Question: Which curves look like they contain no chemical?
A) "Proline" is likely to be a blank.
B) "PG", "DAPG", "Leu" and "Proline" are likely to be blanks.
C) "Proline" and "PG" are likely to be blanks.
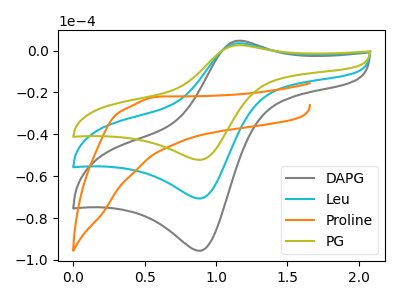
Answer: <think>The gray curve "DAPG" has an anodic peak at (1.15V, 4.75uA) and a cathodic peak at (0.90V, -95.55uA). The cyan curve "Leu" has an anodic peak at (1.15V, 3.50uA) and a cathodic peak at (0.90V, -70.60uA). The orange curve "Proline" has no peaks. The olive curve "PG" has an anodic peak at (1.15V, 7.00uA) and a cathodic peak at (0.90V, -141.20uA).</think>
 <answer>A) "Proline" is likely to be a blank.</answer>
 <eval>A</eval>